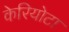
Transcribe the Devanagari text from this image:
केरियोटा